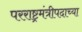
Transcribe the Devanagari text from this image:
परराष्ट्रमंत्रीपदाच्या